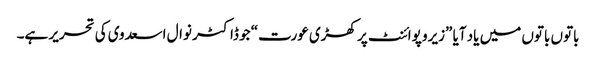
باتوں باتوں میں یاد آیا ”زیرو پوائنٹ پر کھڑی عورت“ جو ڈاکٹر نوال اسعدوی کی تحریر ہے۔